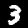
Digit: 3